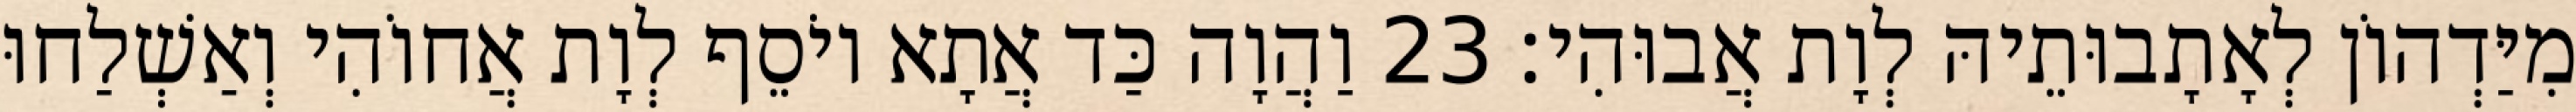
מִיַּדְהוֹן לְאָתָבוּתֵיהּ לְוָת אֲבוּהִי׃ 23 וַהֲוָה כַּד אֲתָא יוֹסֵף לְוָת אֲחוֹהִי וְאַשְׁלַחוּ